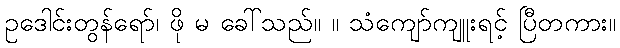
ဥဒေါင်းတွန်ရော်၊ ဖို မ ခေါ်သည်။ ။ သံကျော်ကျူးရင့် ပြီတကား။